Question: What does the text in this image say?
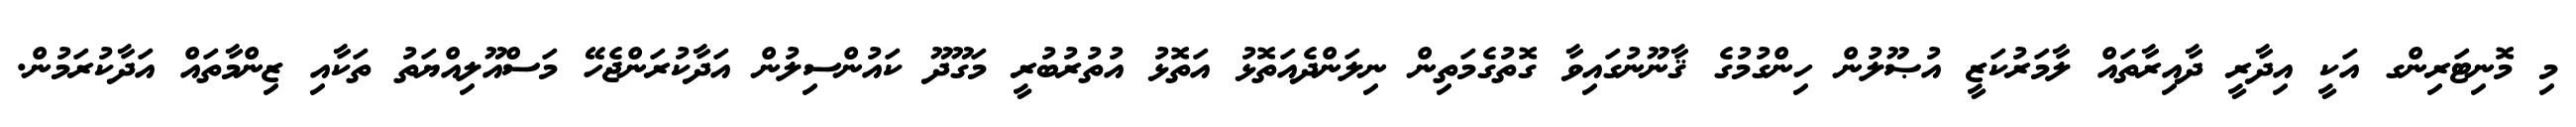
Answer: މި މޮނިޓަރިންގ އަކީ އިދާރީ ދާއިރާތައް ލާމަރުކަޒީ އުޞޫލުން ހިންގުމުގެ ޤާނޫނުގައިވާ ގޮތުގެމަތިން ނިލަންދެއަތޮޅު އަތޮޅު އުތުރުބުރީ މަގޫދޫ ކައުންސިލުން އަދާކުރަންޖެހޭ މަސްއޫލިއްޔަތު ތަކާއި ޒިންމާތައް އަދާކުރަމުން.